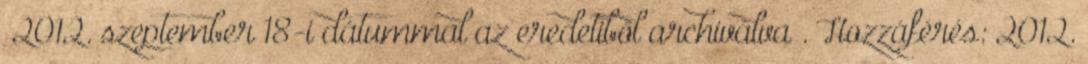
2012. szeptember 18-i dátummal az eredetiből archiválva . Hozzáférés: 2012.